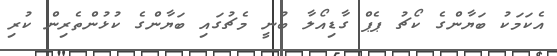
އެކަމަކު ބަޔާންގެ ކޯޗު ޕެޕް ގާޑިއޯލާ ބުނީ މެޗުގައި ބަޔާންގެ ކުޅުންތެރިން ކުރި